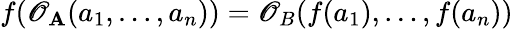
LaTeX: f(\mathscr{O}_{\mathbf{A}}(a_{1},\dots,a_{n}))=\mathscr{O}_{B}(f(a_{1}),\dots,f(a_{n}))